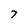
Character: 7